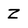
Character: Z